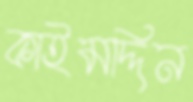
কাইমদ্দিন